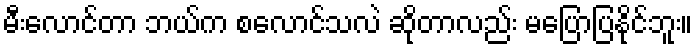
မီးလောင်တာ ဘယ်က စလောင်သလဲ ဆိုတာလည်း မပြောပြနိုင်ဘူး။